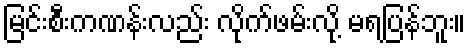
မြင်းစီးကဏန်းလည်း လိုက်ဖမ်းလို့ မရပြန်ဘူး။